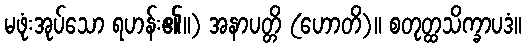
မဖုံးအုပ်သော ရဟန်း၏။) အနာပတ္တိ (ဟောတိ)။ စတုတ္ထသိက္ခာပဒံ။